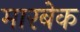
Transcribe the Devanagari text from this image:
मारबेक